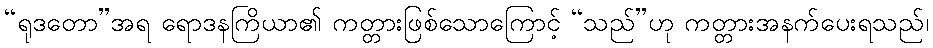
“ရုဒတော”အရ ရောဒနကြိယာ၏ ကတ္တားဖြစ်သောကြောင့် “သည်”ဟု ကတ္တားအနက်ပေးရသည်၊